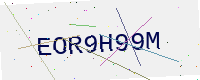
Text: EOR9H99M